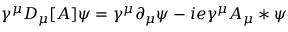
\gamma ^ { \mu } D _ { \mu } [ A ] \psi = \gamma ^ { \mu } \partial _ { \mu } \psi - i e \gamma ^ { \mu } A _ { \mu } * \psi